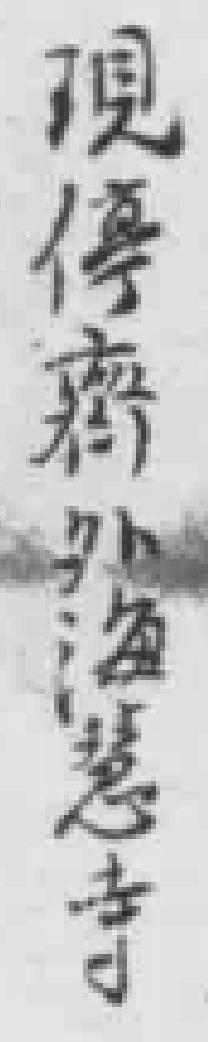
現傳痧海慧寺